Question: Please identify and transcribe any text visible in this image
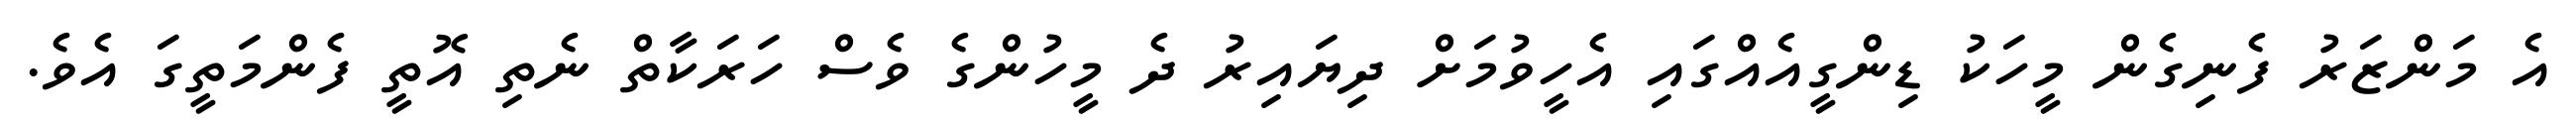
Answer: އެ މަންޒަރު ފެނިގެން މީހަކު ޑިންގީއެއްގައި އެހީވުމަށް ދިޔައިރު ދެ މީހުންގެ ވެސް ހަރަކާތް ނެތި އޮތީ ފެންމަތީގަ އެވެ.